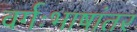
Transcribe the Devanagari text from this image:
वर्गःभाषांतर